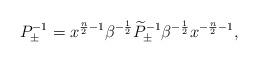
LaTeX: \begin{align*}P^{-1}_\pm= x^{\frac{n}{2}-1}\beta^{-\frac{1}{2}}\widetilde{P}^{-1}_{\pm}\beta^{-\frac{1}{2}}x^{-\frac{n}{2}-1},\end{align*}